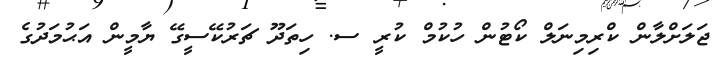
ޖަލަށްލާން ކްރިމިނަލް ކޯޓުން ހުކުމް ކުރީ ސ. ހިތަދޫ ޗަރުކޭސީގޭ ޔާމީން އަޙުމަދުގެ